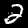
Label: 2